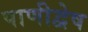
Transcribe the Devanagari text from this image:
पाणीद्वेष